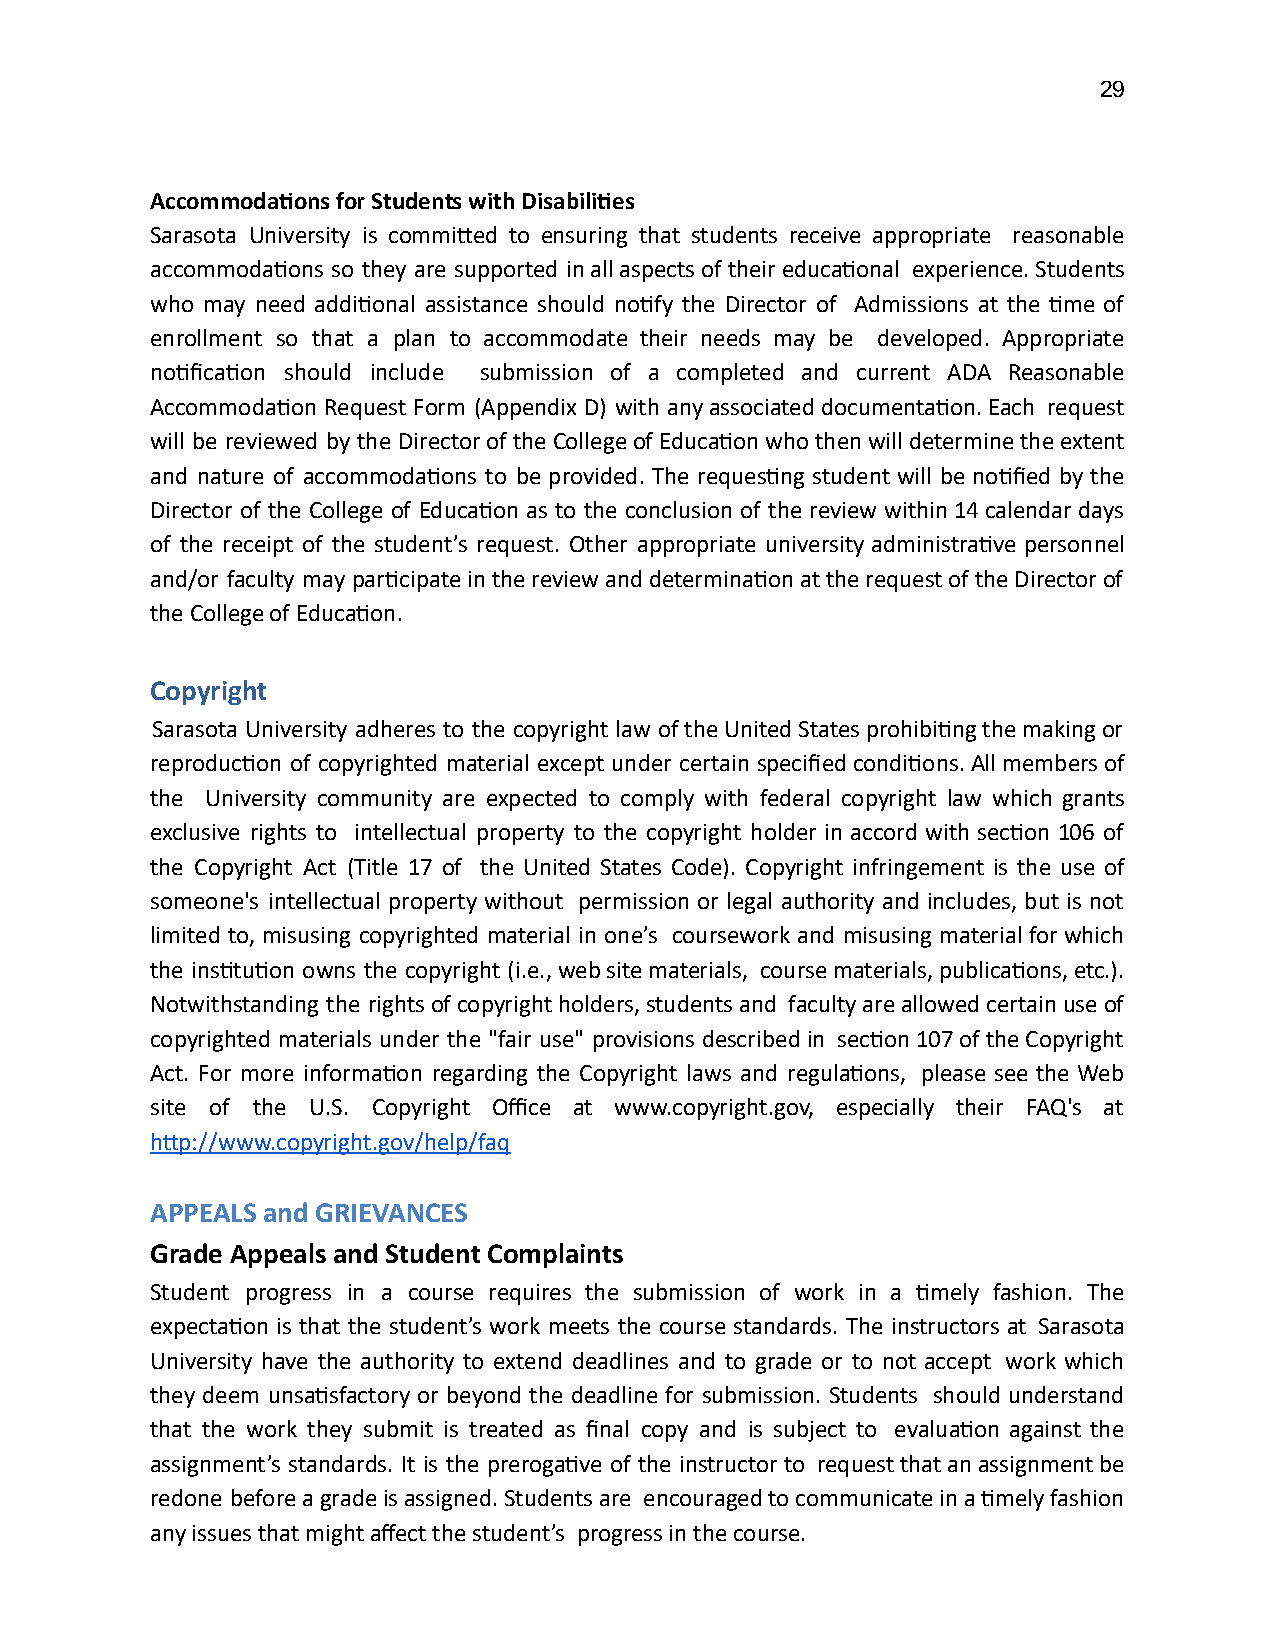
29
 Accommodaons for Students with Disabilies
 Sarasota University is commied to ensuring that students receive appropriate reasonable
 accommodaons so they are supported in all aspects of their educaonal experience. Students
 who may need addional assistance should nofy the Director of Admissions at the me of
 enrollment so that a plan to accommodate their needs may be developed. Appropriate
 noficaon should include submission of a completed and current ADA Reasonable
 Accommodaon Request Form (Appendix D) with any associated documentaon. Each request
 will be reviewed by the Director of the College of Educaon who then will determine the extent
 and nature of accommodaons to be provided. The requesng student will be nofied by the
 Director of the College of Educaon as to the conclusion of the review within 14 calendar days
 of the receipt of the student’s request. Other appropriate university administrave personnel
 and/or faculty may parcipate in the review and determinaon at the request of the Director of
 the College of Educaon.
 Copyright
 Sarasota University adheres to the copyright law of the United States prohibing the making or
 reproducon of copyrighted material except under certain specified condions. All members of
 the University community are expected to comply with federal copyright law which grants
 exclusive rights to intellectual property to the copyright holder in accord with secon 106 of
 the Copyright Act (Title 17 of the United States Code). Copyright infringement is the use of
 someone's intellectual property without permission or legal authority and includes, but is not
 limited to, misusing copyrighted material in one’s coursework and misusing material for which
 the instuon owns the copyright (i.e., web site materials, course materials, publicaons, etc.).
 Notwithstanding the rights of copyright holders, students and faculty are allowed certain use of
 copyrighted materials under the "fair use" provisions described in secon 107 of the Copyright
 Act. For more informaon regarding the Copyright laws and regulaons, please see the Web
 site of the U.S. Copyright Office at www.copyright.gov, especially their FAQ's at
 hp://www.copyright.gov/help/faq
 APPEALS and GRIEVANCES
 Grade Appeals and Student Complaints
 Student progress in a course requires the submission of work in a mely fashion. The
 expectaon is that the student’s work meets the course standards. The instructors at Sarasota
 University have the authority to extend deadlines and to grade or to not accept work which
 they deem unsasfactory or beyond the deadline for submission. Students should understand
 that the work they submit is treated as final copy and is subject to evaluaon against the
 assignment’s standards. It is the prerogave of the instructor to request that an assignment be
 redone before a grade is assigned. Students are encouraged to communicate in a mely fashion
 any issues that might affect the student’s progress in the course.